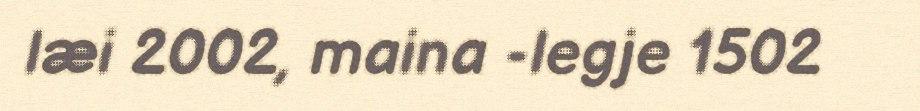
læi 2002, maina -legje 1502